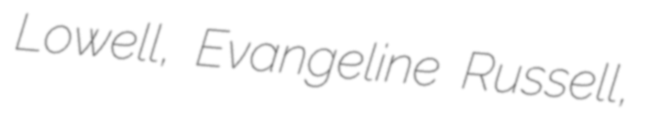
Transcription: Lowell, Evangeline Russell,